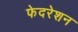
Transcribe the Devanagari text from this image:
फेदरेशन